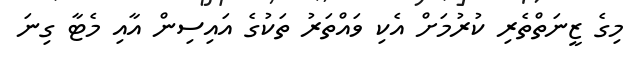
މިގެ ޒީނަތްތެރި ކުރުމަށް އެކި ވައްތަރު ތަކުގެ އައިސިން އާއި މެޓާ ގިނަ